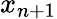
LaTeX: x_{n+1}